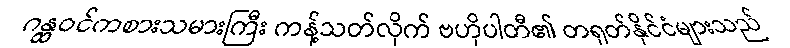
ဂန္ထဝင်ကစားသမားကြီး ကန့်သတ်လိုက် ဗဟိုပါတီ၏ တရုတ်နိုင်ငံများသည်